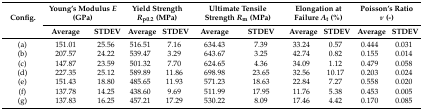
<table><thead><tr><td rowspan="2"><b>Config.</b></td><td colspan="2"><b>Young’s Modulus <i>E</i> (GPa)</b></td><td colspan="2"><b>Yield Strength <i>R</i><sub>p0.2</sub> (MPa)</b></td><td colspan="2"><b>Ultimate Tensile Strength <i>R</i><sub>m</sub> (MPa)</b></td><td colspan="2"><b>Elongation at Failure <i>A</i><sub>t</sub> (%)</b></td><td colspan="2"><b>Poisson’s Ratio <i>ν</i> (-)</b></td></tr><tr><td><b>Average</b></td><td><b>STDEV</b></td><td><b>Average</b></td><td><b>STDEV</b></td><td><b>Average</b></td><td><b>STDEV</b></td><td><b>Average</b></td><td><b>STDEV</b></td><td><b>Average</b></td><td><b>STDEV</b></td></tr></thead><tbody><tr><td>(a)</td><td>151.01</td><td>25.56</td><td>516.51</td><td>7.16</td><td>634.43</td><td>7.39</td><td>33.24</td><td>0.57</td><td>0.444</td><td>0.031</td></tr><tr><td>(b)</td><td>207.57</td><td>24.22</td><td>539.47</td><td>3.29</td><td>643.67</td><td>3.25</td><td>42.74</td><td>0.82</td><td>0.155</td><td>0.014</td></tr><tr><td>(c)</td><td>147.87</td><td>23.59</td><td>501.32</td><td>7.70</td><td>624.65</td><td>4.36</td><td>34.09</td><td>1.12</td><td>0.479</td><td>0.058</td></tr><tr><td>(d)</td><td>227.35</td><td>25.12</td><td>589.89</td><td>11.86</td><td>698.98</td><td>23.65</td><td>32.56</td><td>10.17</td><td>0.203</td><td>0.024</td></tr><tr><td>(e)</td><td>151.43</td><td>18.80</td><td>485.65</td><td>11.93</td><td>571.23</td><td>18.63</td><td>22.84</td><td>7.27</td><td>0.558</td><td>0.020</td></tr><tr><td>(f)</td><td>137.78</td><td>14.25</td><td>438.60</td><td>9.69</td><td>511.99</td><td>17.95</td><td>11.76</td><td>5.38</td><td>0.453</td><td>0.005</td></tr><tr><td>(g)</td><td>137.83</td><td>16.25</td><td>457.21</td><td>17.29</td><td>530.22</td><td>8.09</td><td>17.46</td><td>4.42</td><td>0.170</td><td>0.085</td></tr></tbody></table>